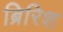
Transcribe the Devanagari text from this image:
ब्रिरिश